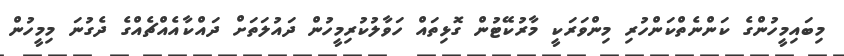
މިބައިމީހުންގެ ކަންނެތްކަންހުރި މިންވަރަކީ މާރުކޭޓުން ގޮޅިތައް ހަވާލުކުރިމީހުން ދައުލަތަށް ދައްކާއެއްޗެއްގެ ދެގުނަ މިމީހުން